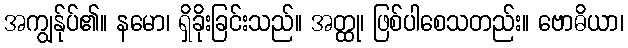
အကျွန်ုပ်၏။ နမော၊ ရှိခိုးခြင်းသည်။ အတ္ထု၊ ဖြစ်ပါစေသတည်း။ ဗောဓိယာ၊